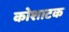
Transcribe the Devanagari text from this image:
कोशाटक